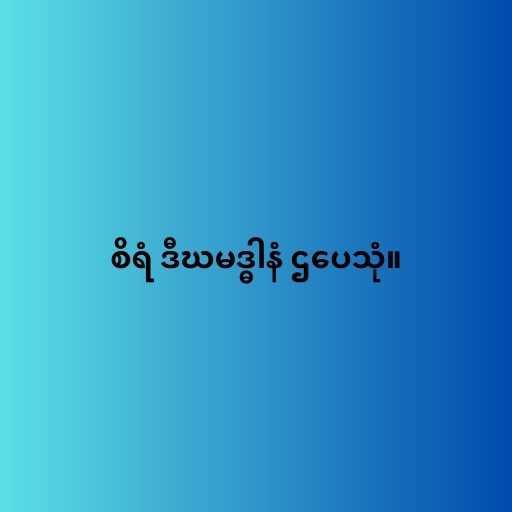
စိရံ ဒီဃမဒ္ဓါနံ ဌပေသုံ။